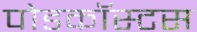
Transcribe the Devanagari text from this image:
पोडकॉस्टस